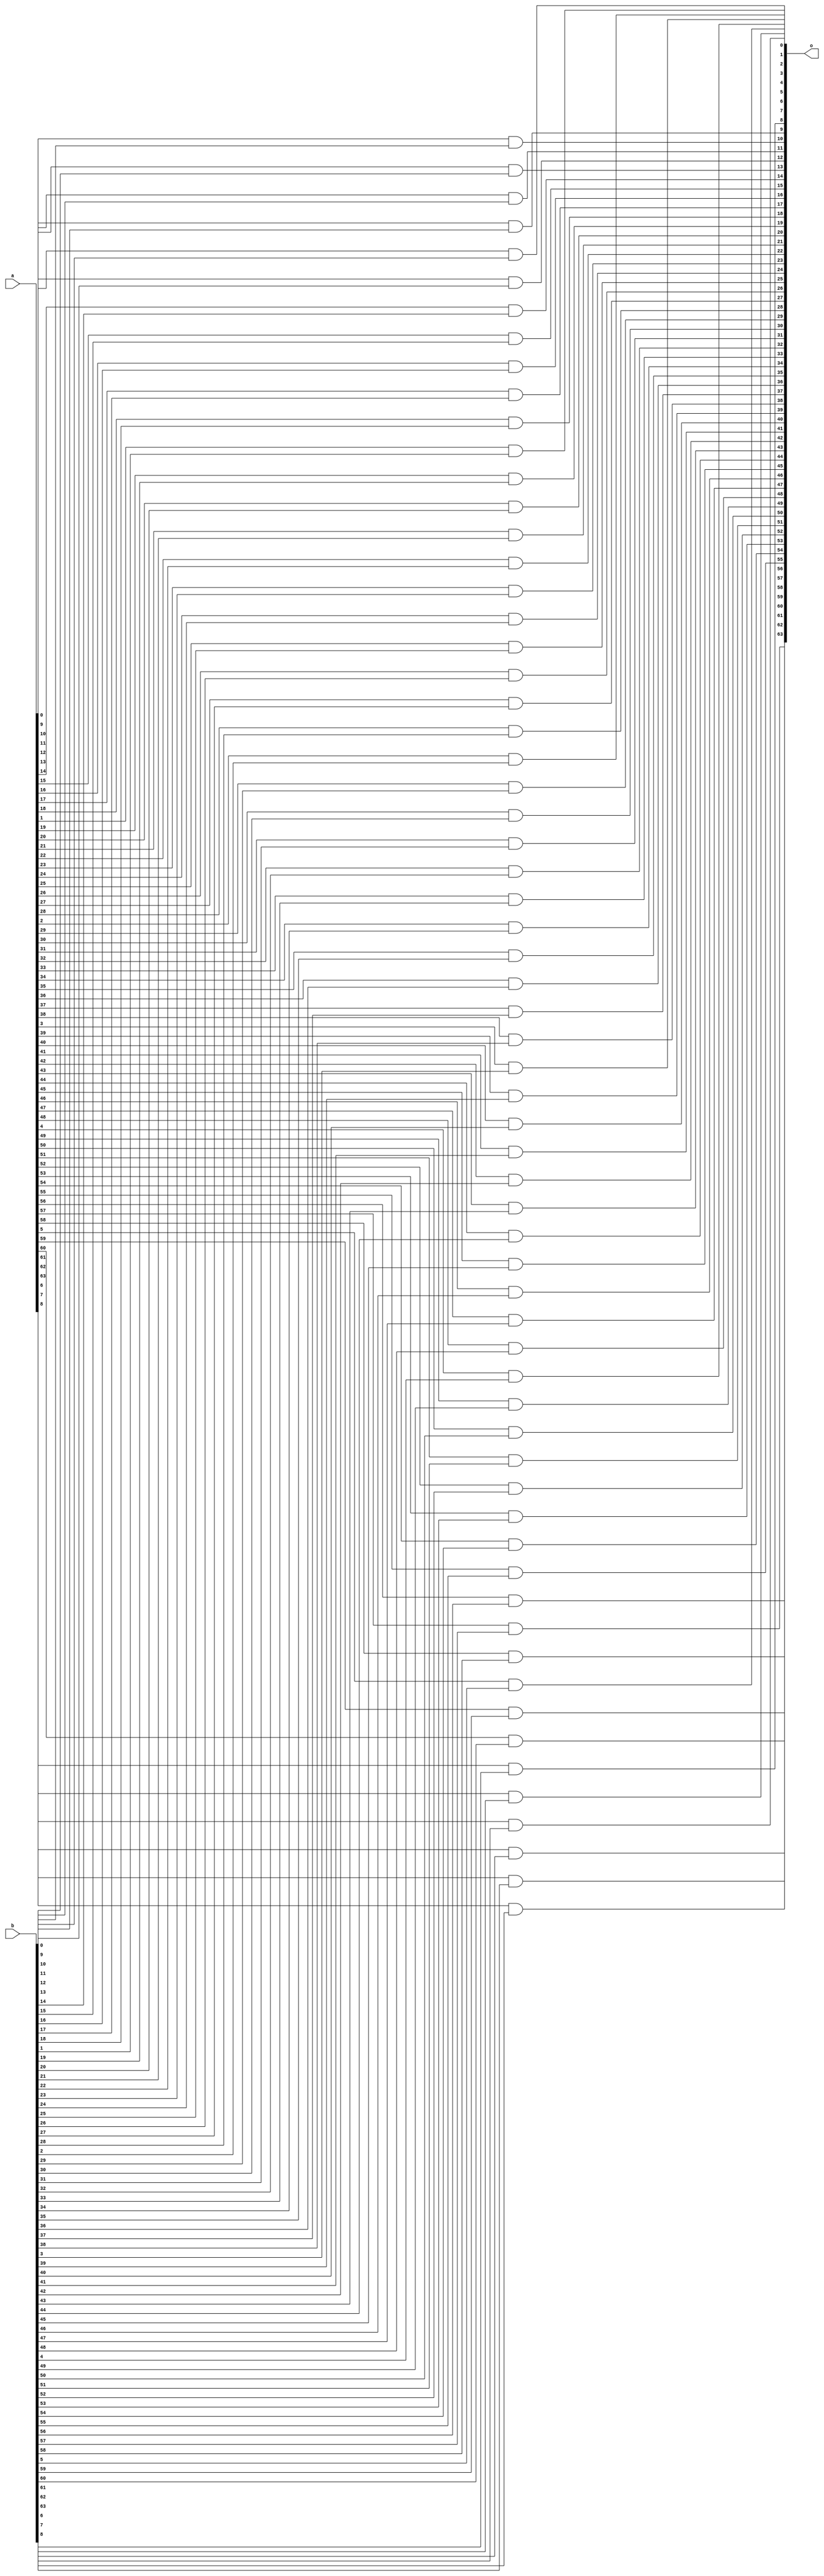
module full_and (input [63:0] a,b, output [63:0] o);
    
    genvar i;
    for (i = 0; i < 64; i = i+1) begin

       and(o[i], a[i], b[i]);
    end

endmodule